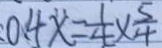
0 . 4 x = \frac { 1 } { 4 } \times \frac { 5 } { 4 }